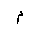
Letter: _mim